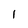
Character: I